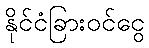
နိုင်ငံခြားဝင်ငွေ